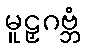
မူဠှဂဗ္ဘံ